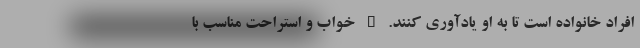
افراد خانواده است تا به او یادآوری کنند. • خواب و استراحت مناسب با